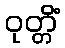
ဝုတ္တိံ